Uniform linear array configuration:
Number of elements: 4
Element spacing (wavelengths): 1
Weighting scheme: hann
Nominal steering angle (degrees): -45
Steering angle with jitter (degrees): -46.046
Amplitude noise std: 0.05
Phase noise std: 0.05

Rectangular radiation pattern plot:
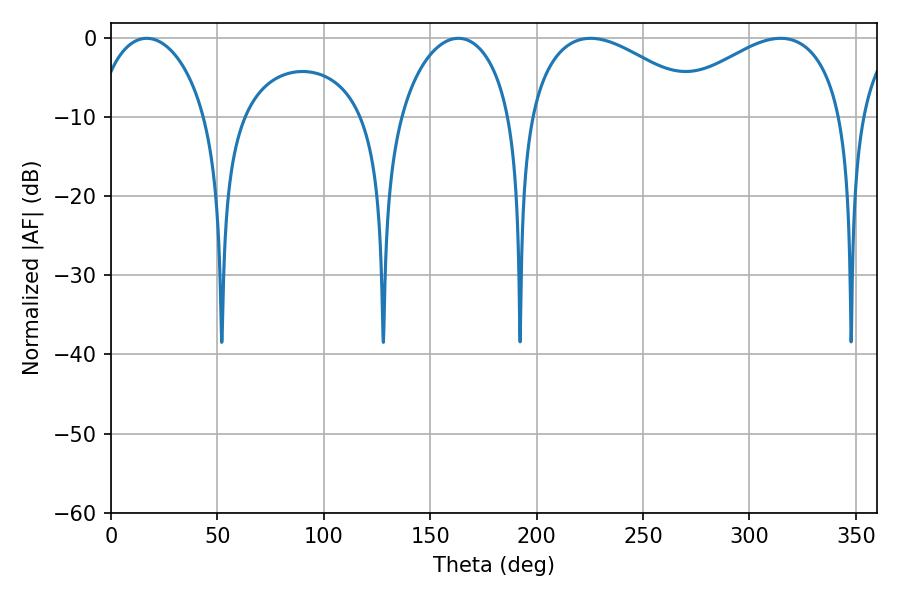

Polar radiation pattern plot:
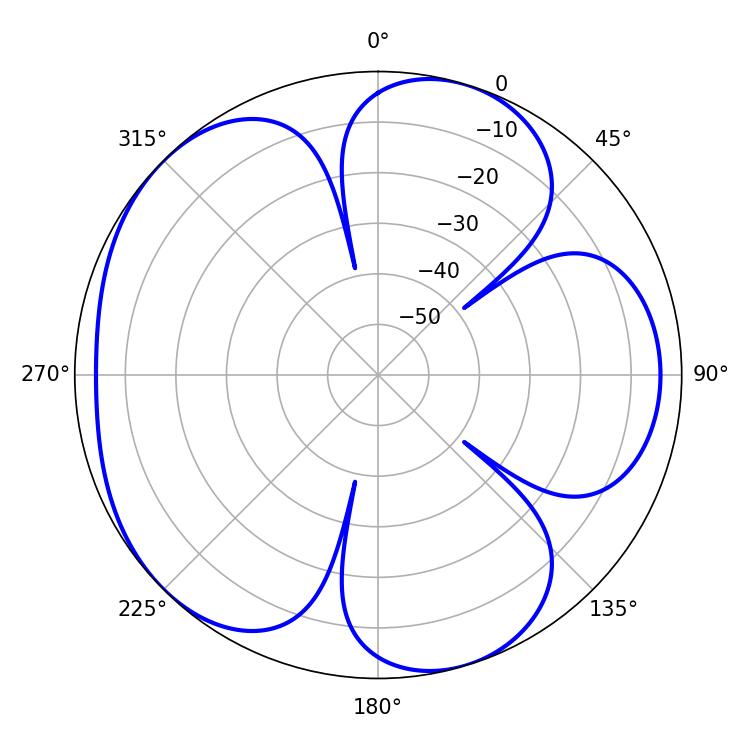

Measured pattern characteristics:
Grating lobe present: TRUE
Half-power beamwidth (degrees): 46.44
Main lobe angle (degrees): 225.36